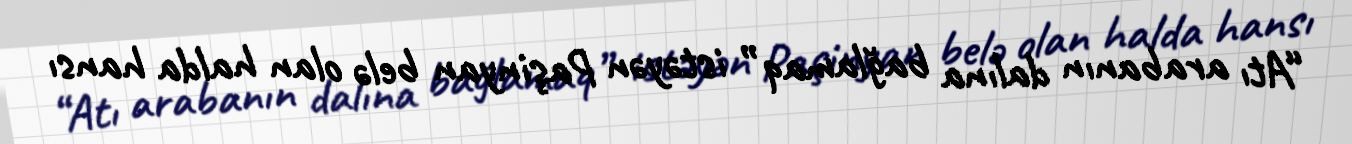
“Atı arabanın dalına bağlamaq” istəyən Paşinyan belə olan halda hansı